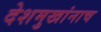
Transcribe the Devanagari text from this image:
देशमुखांनाच